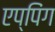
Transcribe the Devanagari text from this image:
एप्पिंग